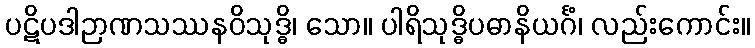
ပဋိပဒါဉာဏသဿနဝိသုဒ္ဓိ၊ သော။ ပါရိသုဒ္ဓိပဓာနိယင်္ဂံ၊ လည်းကောင်း။